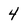
Character: 4